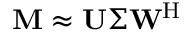
\mathbf { M } \approx \mathbf { U } \Sigma \mathbf { W } ^ { \mathrm { H } }